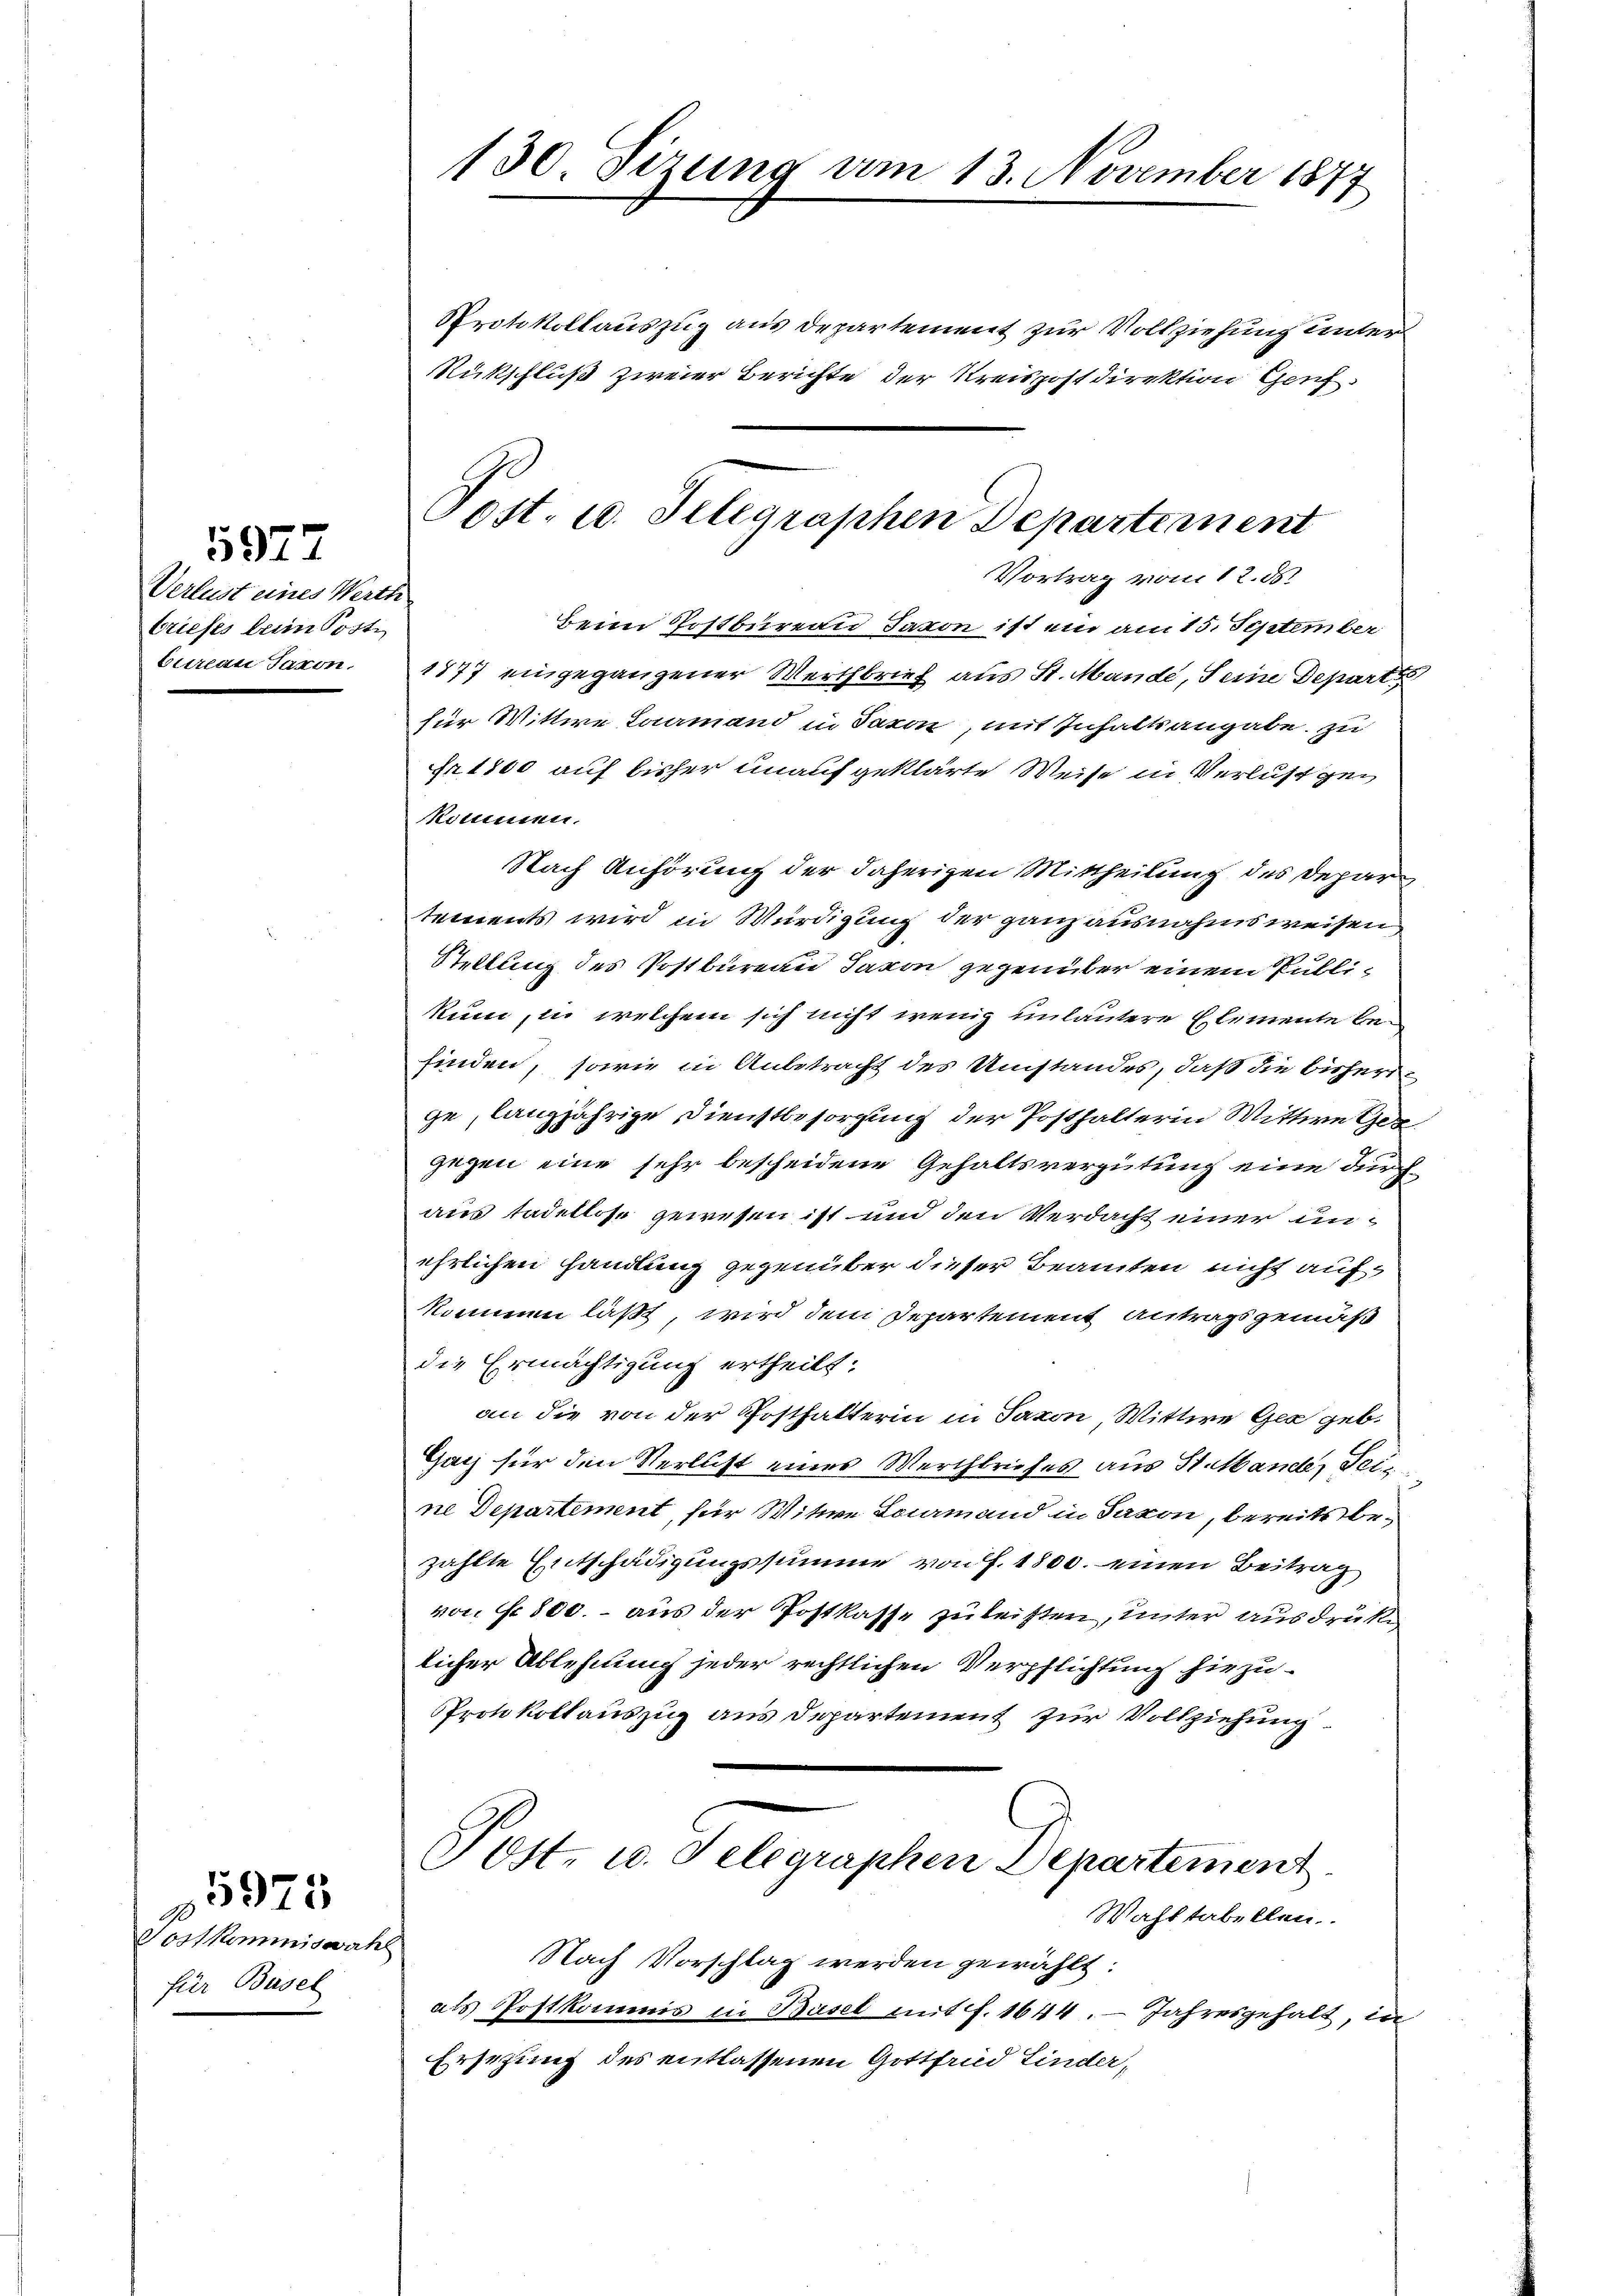
Verlust eines Werth
briefes beim Post
bureau Jakon.

5977

Postkommiswah
für Basel

5925

130. Sizung vom 13. November 1877

ost. 10. Seligraphen Departement
Vortrag vom 12. ds.

Protokollauszug aus Departement zur Vollziehung unter
Rückschluß zweier Berichte der Kreispostdirektion Genf
Beim Postbureau Jakon ist ein am 15. September
1877 eingegangener Werthbrief aus St. Mande, Seine Depart
für Wittwe Lourmand in Saxon, mit Inhaltsangabe zu
Fr. 1800 auf bisher unaufgeklärte Weise in Verlust gen
Kommen.
Nach Anhörung der daherigen Mittheilung des Departements wird in Würdigung der ganz ausnahmsweisen
Stellung des Postbureau davon gegenüber einem Publikum, in welchem sich nicht wenig unlautere Elemente befinden, sowie in Anbetracht des Umstandes, daß die bisherige, langjährige Dienstbesorgung der Posthalterin Mittwe Ger
gegen eine sehr bescheidene Gehaltsvergütung eine durch
aus tadellose gewesen ist und den Verdacht einer unehrlichen Handlung gegenüber dieser Beamten nicht aufkommen läßt, wird dem Departement Antragsgemäß
die Ermächtigung ertheilt:
an die von der Posthalterin in Saxon, Wittwe Gex geb.
Gatz für den Verlust eines Werchbriefes aus St. Mande, Geis
ne Departement, für Witwe Laamand in Jaxon, bereits bezählte Entschädigungssumme von f. 1800. einen Beitrag
von fr. 800. - aus der Postkasse zu leisten, unter ausdrüke
licher Ablehnung jeder rechtlichen Verpflichtung hiezu¬
Protokollauszug aus Departement zur Vollziehung.
Post u. Telegraphen Departement
Wahltabellen.
Nach Vorschlag werden gewählt:
als Postkommis in Basel mit f. 1644. Jahresgehalt, de
Ersezung des entlassenen Gottfrid Linder,